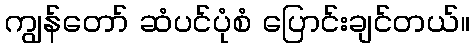
ကျွန်တော် ဆံပင်ပုံစံ ပြောင်းချင်တယ်။